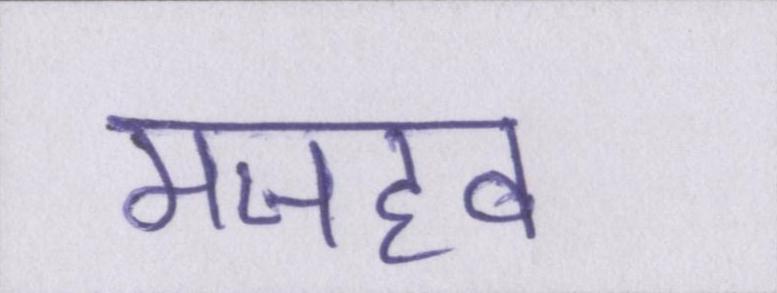
मजहब